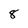
Character: 8